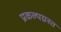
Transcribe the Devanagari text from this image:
प्रकल्पग्रस्त